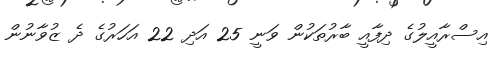
އިސްރާއީލުގެ ދިފާއީ ބާރުތަކުން ވަނީ 25 އަދި 22 އަހަރުގެ ދެ ޒުވާނުން